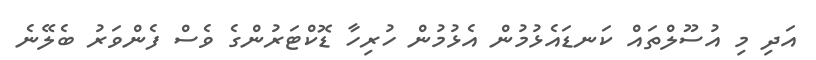
އަދި މި އުސޫލްތައް ކަނޑައެޅުމުން އެޅުމުން ހުރިހާ ޑޮކްޓަރުންގެ ވެސް ފެންވަރު ބެލޭނެ